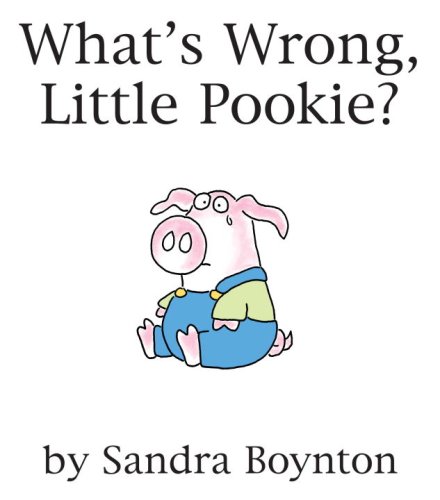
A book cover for What's Wrong, Little Pookie?; Sandra Boynton; Children's Books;